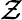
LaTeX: \cal\mathcal{Z}